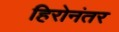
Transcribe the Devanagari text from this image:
हिरोनंतर